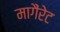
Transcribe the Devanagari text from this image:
मागैंरेट